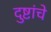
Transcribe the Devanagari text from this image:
दुष्टांचे